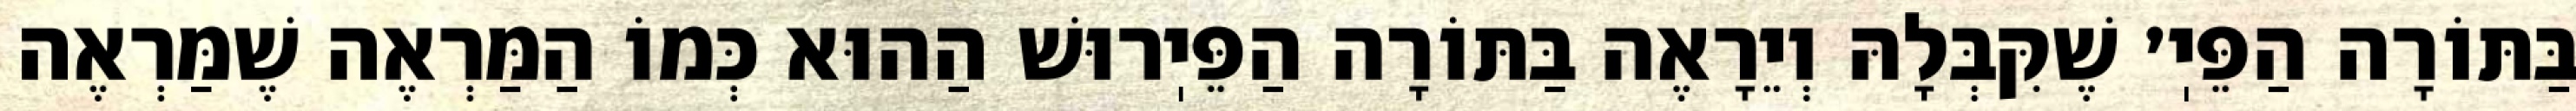
בַּתּוֹרָה הַפֵּיֽ׳ שֶׁקִּבְּלָהּ וְיֵרָאֶה בַּתּוֹרָה הַפֵּיֽרוּשׁ הַהוּא כְּמוֹ הַמַּרְאֶה שֶׁמַּרְאֶה